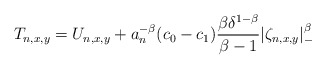
\begin{align*}T_{n,x,y}=U_{n,x,y}+a_n^{-\beta}(c_0-c_1)\frac{\beta\delta^{1-\beta}}{\beta-1}|\zeta_{n,x,y}|_-^\beta\end{align*}